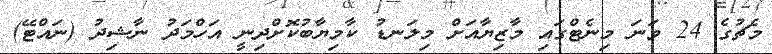
މެޗުގެ 24 ވަނަ މިނެޓްގައި މާޒިޔާއަށް މިލަނޑު ކާމިޔާބުކޮށްދިނީ އަހްމަދު ނާޝިދު (ނައްޓޭ)